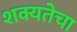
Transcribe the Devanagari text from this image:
शक्यतेचा